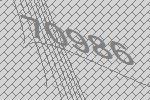
70986